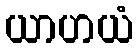
ယာဟယံ